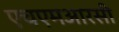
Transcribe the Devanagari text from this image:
एचएमआरसी